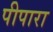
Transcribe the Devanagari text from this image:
पीपारा